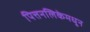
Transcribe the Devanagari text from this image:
पित्तनलिकेमधून